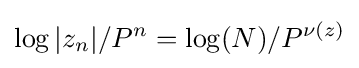
\log |z_{n}|/P^{n}=\log(N)/P^{\nu (z)}